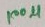
Text: 100µ